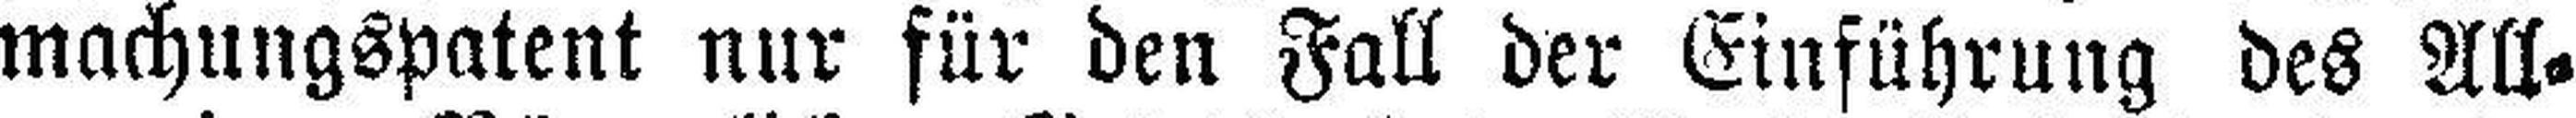
machungspatent nur für den Fall der Einführung des All¬